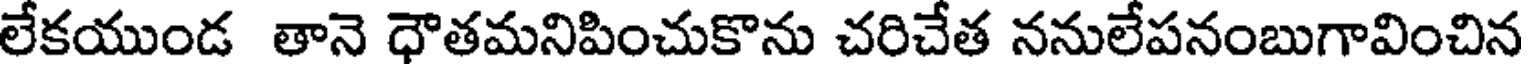
లేకయుండ తానె ధౌతమనిపించుకొను చరిచేత ననులేపనంబుగావించిన